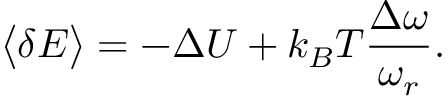
\big < \delta E \big > = - \Delta U + k _ { B } T \frac { \Delta \omega } { \omega _ { r } } .